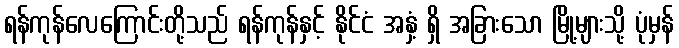
ရန်ကုန်လေကြောင်းတို့သည် ရန်ကုန်နှင့် နိုင်ငံ အနှံ့ ရှိ အခြားသော မြို့များသို့ ပုံမှန်